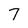
Character: 7